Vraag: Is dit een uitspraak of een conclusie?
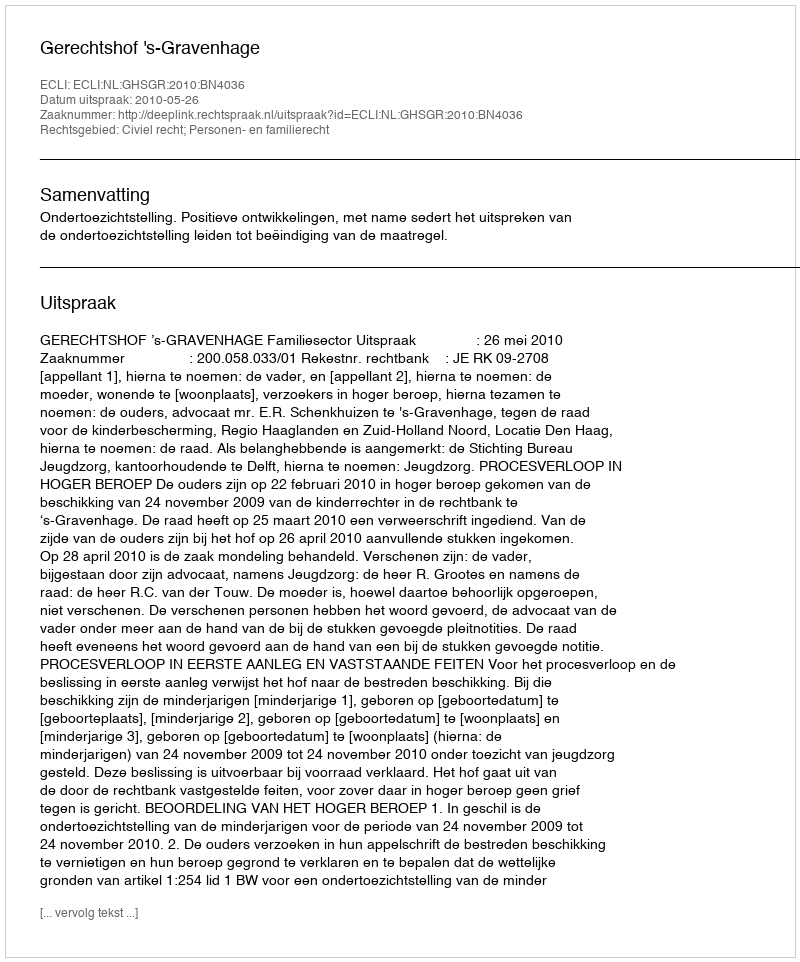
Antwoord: Uitspraak